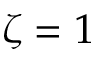
\zeta = 1